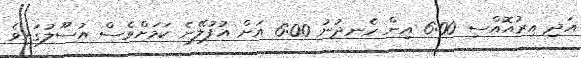
އަދި އިރުއޮއްސި 6:00 އިން ހެނދުނު 6:00 އަށް އުފުލޭނެ ކަމަށްވެސް އުސޫލުގައިވެ